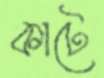
কাটে